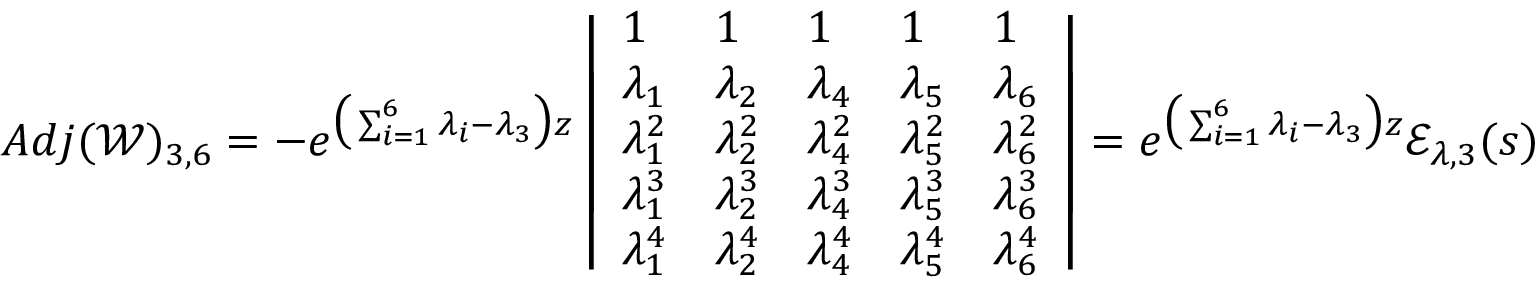
A d j ( \mathscr { W } ) _ { 3 , 6 } = - e ^ { \big ( \sum _ { i = 1 } ^ { 6 } \lambda _ { i } - \lambda _ { 3 } \big ) z } \left| \begin{array} { l l l l l } { 1 } & { 1 } & { 1 } & { 1 } & { 1 } \\ { \lambda _ { 1 } } & { \lambda _ { 2 } } & { \lambda _ { 4 } } & { \lambda _ { 5 } } & { \lambda _ { 6 } } \\ { \lambda _ { 1 } ^ { 2 } } & { \lambda _ { 2 } ^ { 2 } } & { \lambda _ { 4 } ^ { 2 } } & { \lambda _ { 5 } ^ { 2 } } & { \lambda _ { 6 } ^ { 2 } } \\ { \lambda _ { 1 } ^ { 3 } } & { \lambda _ { 2 } ^ { 3 } } & { \lambda _ { 4 } ^ { 3 } } & { \lambda _ { 5 } ^ { 3 } } & { \lambda _ { 6 } ^ { 3 } } \\ { \lambda _ { 1 } ^ { 4 } } & { \lambda _ { 2 } ^ { 4 } } & { \lambda _ { 4 } ^ { 4 } } & { \lambda _ { 5 } ^ { 4 } } & { \lambda _ { 6 } ^ { 4 } } \end{array} \right| = e ^ { \big ( \sum _ { i = 1 } ^ { 6 } \lambda _ { i } - \lambda _ { 3 } \big ) z } \mathscr { E } _ { \lambda , 3 } ( s )